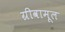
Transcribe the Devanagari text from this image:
ग्रीवामूल